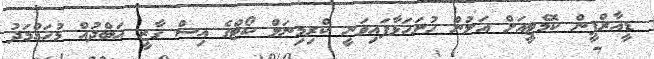
ޑީއާރްޕީން ކޮމެޓީއަށް އަލުން ހުށަހަޅާފައިވަނީ ކްރިމިނަލް ކޯޓްގެ އިސް ގާޒީ އަބްދުއް މުހައްމަދު